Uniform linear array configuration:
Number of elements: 24
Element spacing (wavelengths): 0.75
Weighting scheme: binomial
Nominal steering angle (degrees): -60
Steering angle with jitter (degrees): -60.501
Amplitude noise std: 0.05
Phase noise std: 0.05

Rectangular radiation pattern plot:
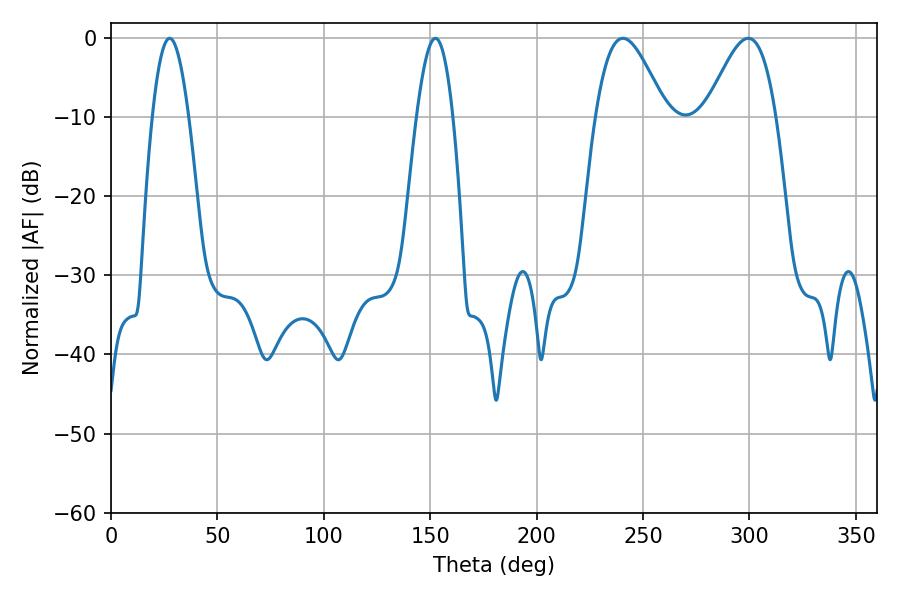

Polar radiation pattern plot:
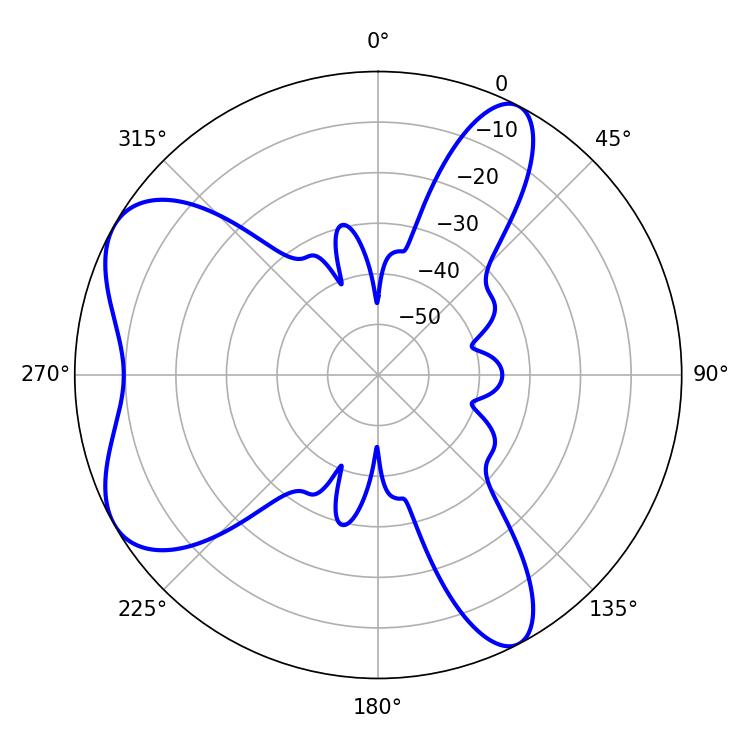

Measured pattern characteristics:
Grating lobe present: TRUE
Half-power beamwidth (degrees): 9.18
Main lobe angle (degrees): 27.54